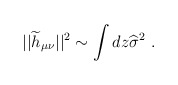
\begin{align*}||{\widetilde h}_{\mu\nu}||^2\sim\int dz {\widehat \sigma}^2~.\end{align*}